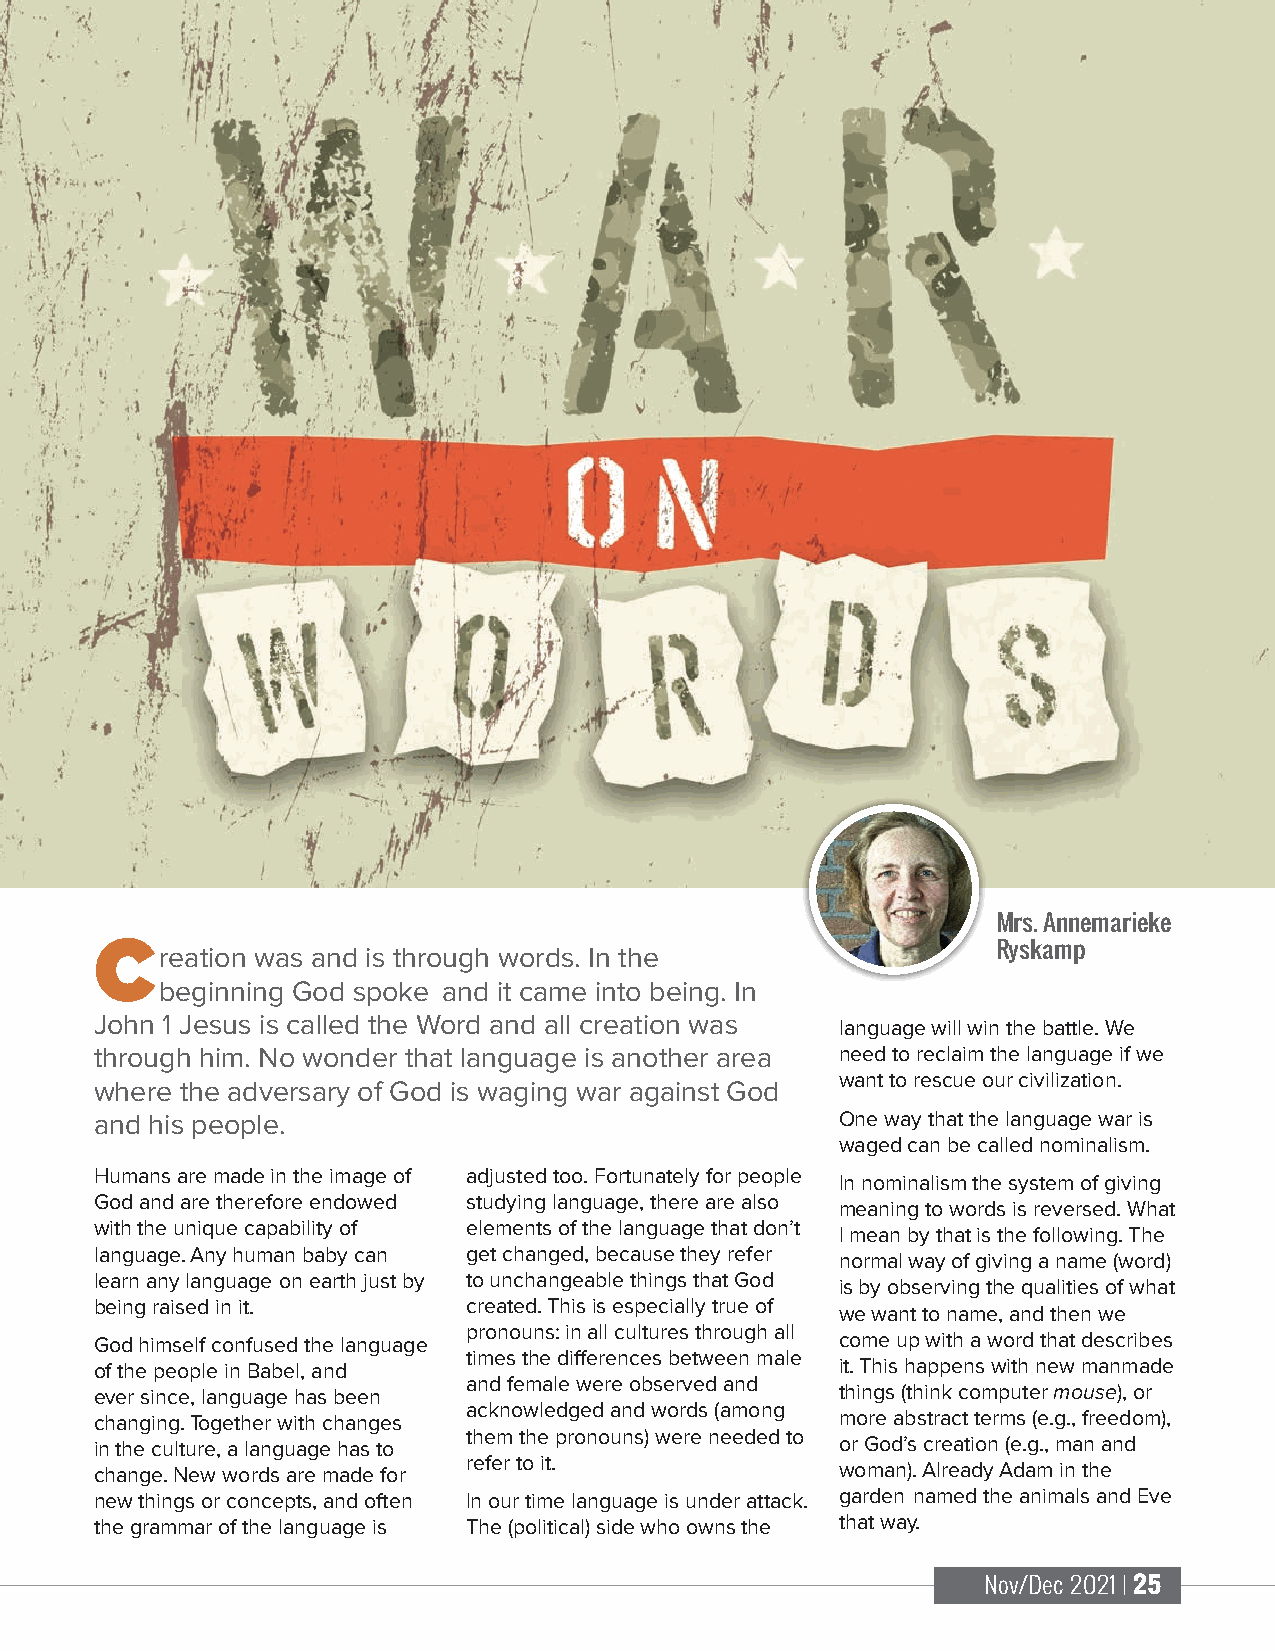
Mrs. Annemarieke
 Creation   was and is through words. In the                 Ryskamp
 beginning God spoke and it came into being. In
 John 1 Jesus is called the Word and all creation was
 language will win the battle. We
 through him. No wonder that language is another area need to reclaim the language if we
 want to rescue our civilization.
 where the adversary of God is waging war against God
 and his people.                                   One way that the language war is
 waged can be called nominalism.
 Humans are made in the image of adjusted too. Fortunately for people
 In nominalism the system of giving
 God and are therefore endowed studying language, there are also
 meaning to words is reversed. What
 with the unique capability of elements of the language that don’t
 I mean by that is the following. The
 language. Any human baby can get changed, because they refer
 normal way of giving a name (word)
 learn any language on earth just by to unchangeable things that God
 is by observing the qualities of what
 being raised in it.      created. This is especially true of
 we want to name, and then we
 pronouns: in all cultures through all
 God himself confused the language                 come up with a word that describes
 times the differences between male
 of the people in Babel, and                       it. This happens with new manmade
 and female were observed and
 ever since, language has been                     things (think computer mouse), or
 acknowledged and words (among
 changing. Together with changes                   more abstract terms (e.g., freedom),
 them the pronouns) were needed to
 in the culture, a language has to                 or God’s creation (e.g., man and
 refer to it.
 change. New words are made for                    woman). Already Adam in the
 new things or concepts, and often In our time language is under attack. garden named the animals and Eve
 the grammar of the language is The (political) side who owns the that way.
 Nov/Dec 2021 | 25